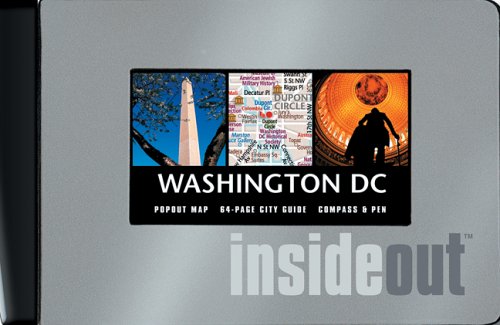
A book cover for Insideout Washington D.C. City Guide (Insideout City Guide: Washington, D.C.); Map Group; Travel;